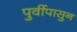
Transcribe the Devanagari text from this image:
पुर्वीपासुन